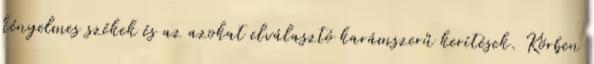
kényelmes székek és az azokat elválasztó karámszerű kerítések. Körben